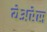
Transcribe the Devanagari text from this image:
येअरेस